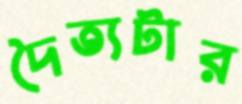
দৈত্যটার